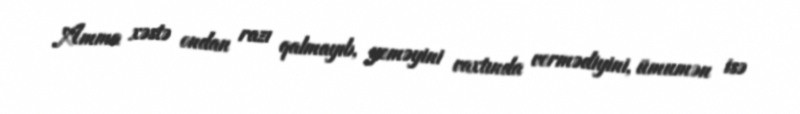
Amma xəstə ondan razı qalmayıb, yeməyini vaxtında vermədiyini, ümumən isə